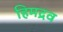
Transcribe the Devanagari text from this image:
हिमद्रव